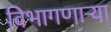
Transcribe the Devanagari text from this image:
विभागणाऱ्या